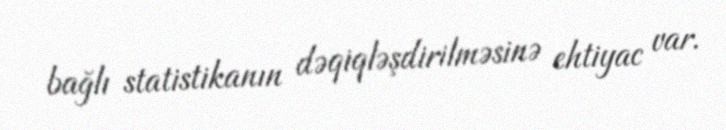
bağlı statistikanın dəqiqləşdirilməsinə ehtiyac var.